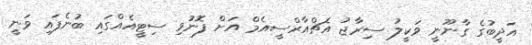
އަދީބުގެ ގާނޫނީ ވަކީލު ސިރާޖު އެޗްއާރްސީއެމް އަށް ފޮނުވި ސިޓީއެއްގައި ބުނެފައި ވަނީ